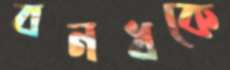
বনধকে